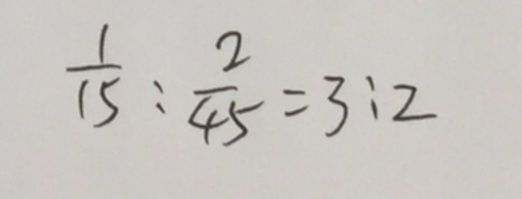
\frac { 1 } { 1 5 } : \frac { 2 } { 4 5 } = 3 : 2